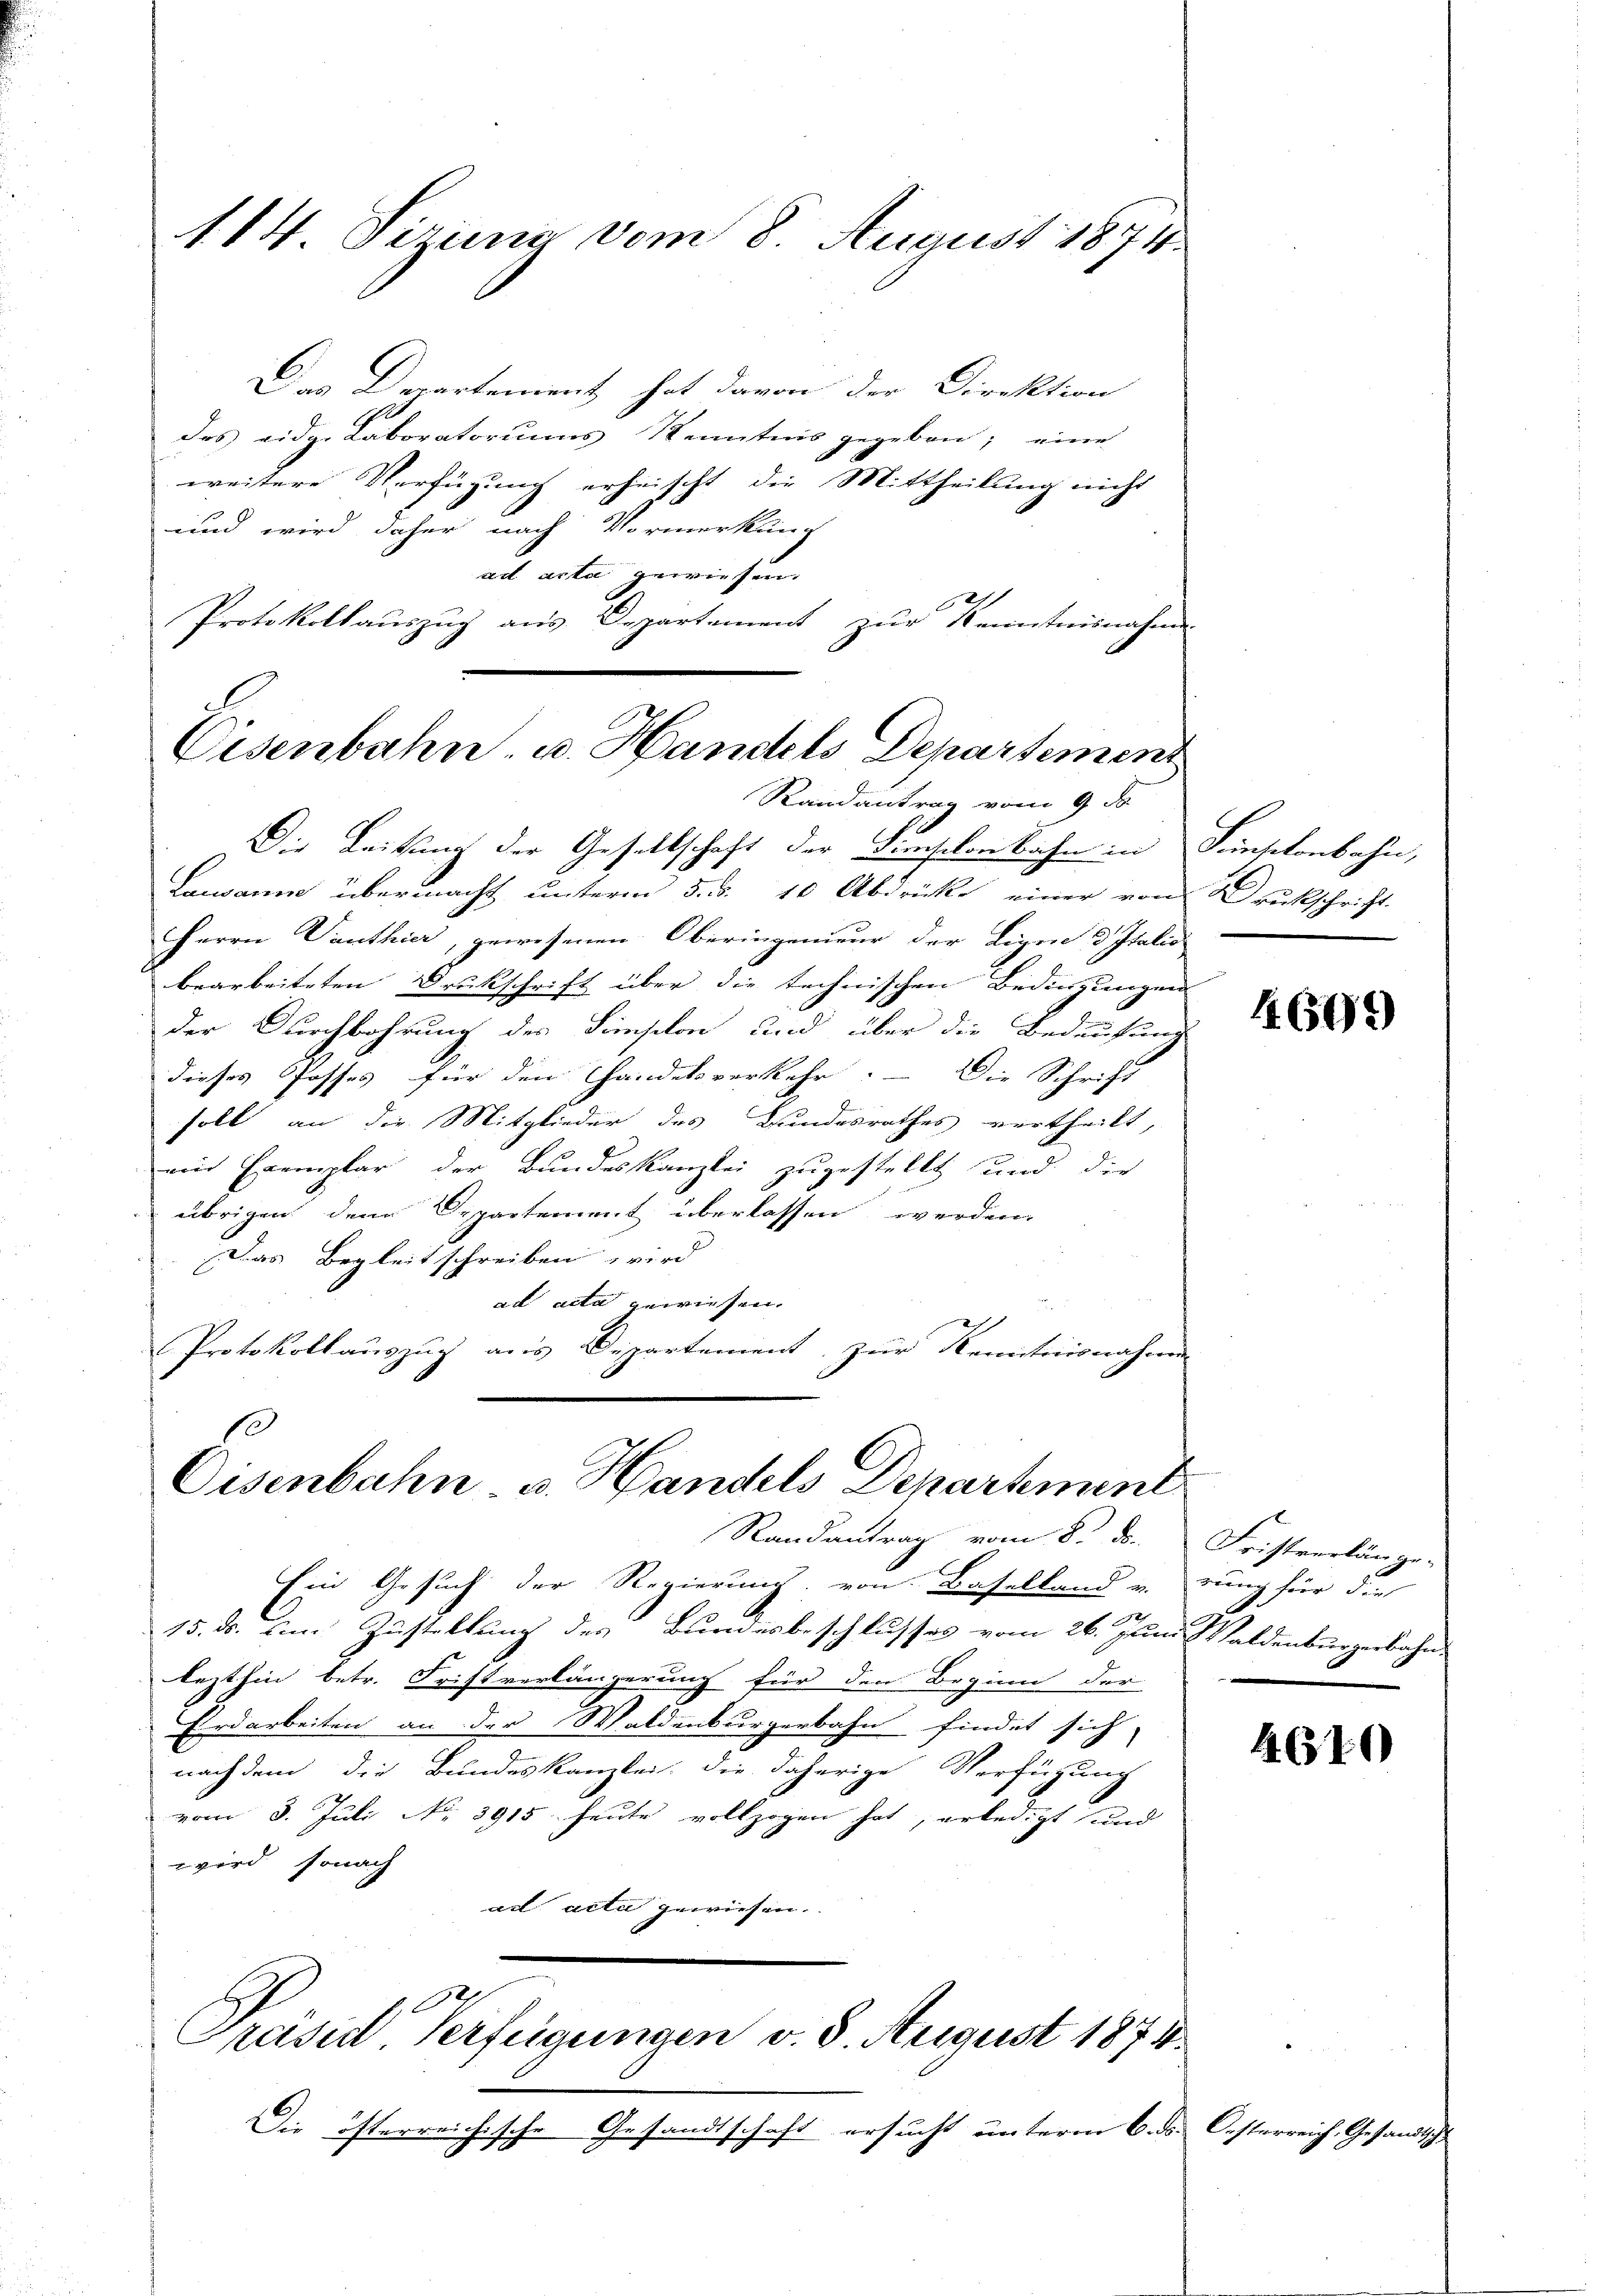
Das Departement hat davon der Direktion
des eidg. Laboratoriums Kenntnis gegeben; eine
weitere Verfügung erheischt, die Mittheilung nicht
und wird daher nach Vormerkung
ad acta gewiesen.
Protokollauszug aus Departement zur Kenntnisnahme

114 Sizung vom 8. August 1873.

Eisenbahn u. Handels Departement
Randantrag vom 9. ds

Eisenbahn- u. Handels Departement
Randantrag vom 8. ds.

Die Leitung der Gesellschaft der Dimischon Bahn in Sunschenbahn,
Lausanne übermacht unterm 5. d. 10 Abdrücke einer von Druckschrift.
Herrn Panthier, gewesenen Oberingenieur der Ligen, d Italio
bearbeiteten Druckschrift über die technischen Bedingungen
der Durchbahrung des Simselon und über die Bedaufung
dieses Posses für den Handelsverkehr. Die Schrift
soll an die Mitglieder des Bundesrathes vertheilt,
ein Exemplar der Bundeskanzlei zugestellt und die
übrigen denn Departement überlassen werden.
Das Begleitschreiben wird
ad acta gewiesen.
Protokollauszug aus Departement zur Kenntnisnahmen

Ein Gesuch der Regierung von Baselland u. rung für die
12
15. ds. um Zustellung des Bundesbeschlusses vom 26. Juni Waldenburgerbahn
lezthin betr. Fristverlängerung für den Beginn der
Erdarbeiten an der Waldenburgerbahn findet sich
nach dem die Bundeskanzlei, die daherige Verfügung
vom 3. Juli No 3915. heute vollzogen hat, erledigt und
wird, sonach
ail acta gewiesen.

Präsid Verfügungen v. 8. August 1874.

Die österreichische Gesandtschaft ersucht unterm 6. ds. Oesterreich, Gesan¬

4699

Fristreckunge-

4610